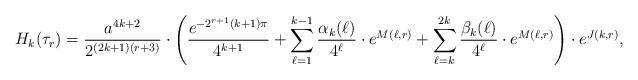
LaTeX: \begin{align*}H_k(\tau_r)&=\dfrac{a^{4k+2}}{2^{(2k+1)(r+3)}}\cdot \left(\dfrac{e^{-2^{r+1}(k+1)\pi}}{4^{k+1}}+\sum_{\ell=1}^{k-1}\dfrac{\alpha_k(\ell)}{4^\ell}\cdot e^{M(\ell,r)}+\sum_{\ell=k}^{2k}\dfrac{\beta_k(\ell)}{4^\ell}\cdot e^{M(\ell,r)}\right)\cdot e^{J(k,r)},\end{align*}